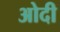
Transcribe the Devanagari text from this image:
ओदी